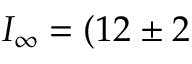
I _ { \infty } = ( 1 2 \pm 2